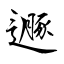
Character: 遯